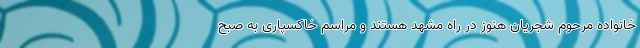
خانواده مرحوم شجریان هنوز در راه مشهد هستند و مراسم خاکسپاری به صبح